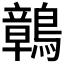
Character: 𪅂